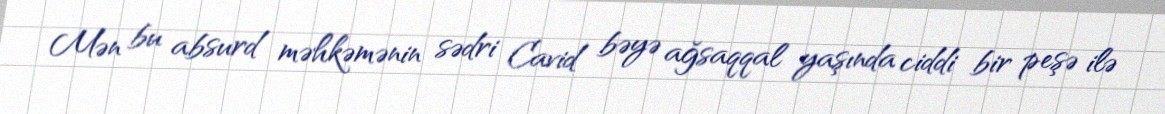
Mən bu absurd məhkəmənin sədri Cavid bəyə ağsaqqal yaşında ciddi bir peşə ilə